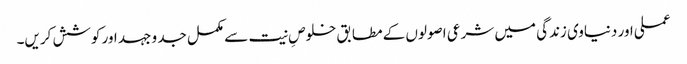
عملی اور دنیاوی زندگی میں شرعی اصولوں کے مطابق خلوصِ نیت سے مکمل جد و جہد اور کوشش کریں۔